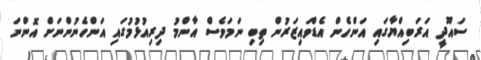
ސައޫދީ އަރަބިއްޔާގައި އަންހެން އެޑްވައިޒަރުން ތިބި ނަމަވެސް އާންމު ދިރިއުޅުމުގައި އަންހެނުންނަށް އޮންނަ